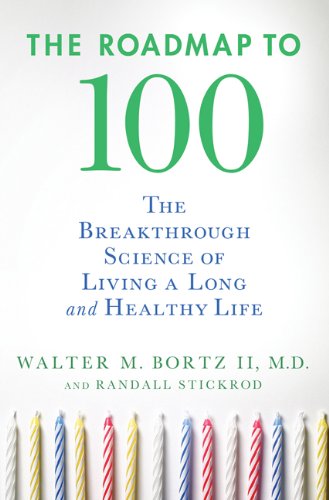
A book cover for The Roadmap to 100: The Breakthrough Science of Living a Long and Healthy Life; Walter M. Bortz MD; Health, Fitness & Dieting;